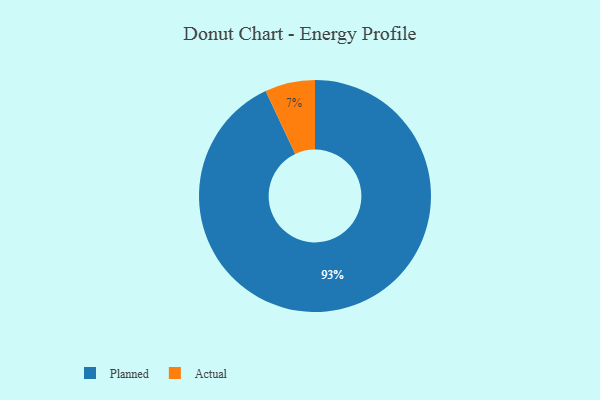
{"axis": {"x": "Category", "y": "Percentage"}, "legend": ["Actual", "Planned"], "data": [{"x": "Actual", "y": 7, "type": "Actual"}, {"x": "Planned", "y": 93, "type": "Planned"}]}